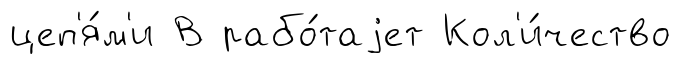
цеп'я́м'и В рабо́таjет Кол'и́чество